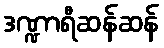
ဒဏ္ဍာရီဆန်ဆန်